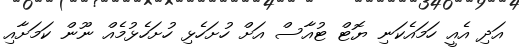
އަދި އެއީ ހަމައެކަނި ޔޮޓް ޓުއާސް އަށް ހުށަހެޅި ހުށަހެޅުމެއް ނޫން ކަމަށާއި